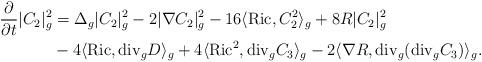
LaTeX: \begin{align*}\frac{\partial}{\partial t}|C_2|^2_g&=\Delta_g|C_2|^2_g-2|\nabla C_2|^2_g-16\langle\mathrm{Ric}, C^2_2\rangle_g+8R|C_2|_g^2\\&-4\langle\mathrm{Ric},\mathrm{div}_gD\rangle_g+4\langle\mathrm{Ric}^2,\mathrm{div}_gC_3\rangle_g-2\langle\nabla R,\mathrm{div}_g(\mathrm{div}_gC_3)\rangle_g.\end{align*}